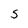
Character: s